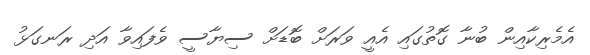
އެމެރިކާއިން ބުނާ ގޮތުގައި އެއީ ވަރަށް ބޮޑަށް ސިޔާސީ ވެފައިވާ އަދި ރަނގަޅު